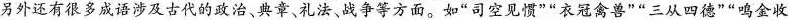
另外还有很多成语涉及古代的政治、典章、礼法、战争等方面。如”司空见惯””衣冠禽兽””三从四德””鸣金收